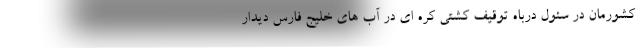
کشورمان در سئول درباه توقیف کشتی کره ای در آب های خلیج فارس دیدار